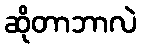
ဆိုတာဘာလဲ